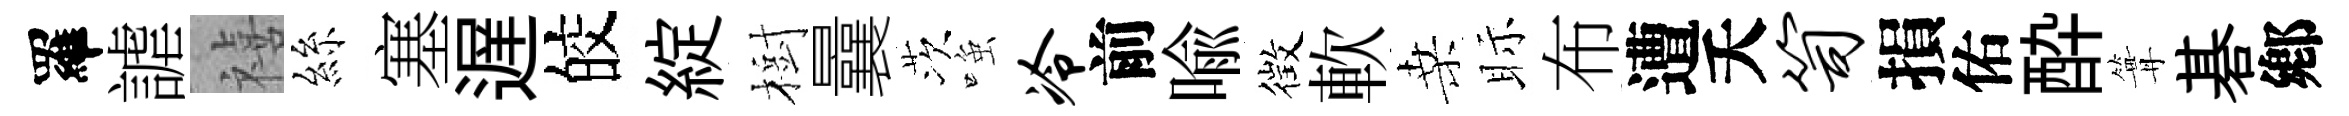
羅謔禧絲塞遅皎綻樹曩茨𫪻冷前喩徴軟桑眎布遭夭笥損佑酔篝碁鄕